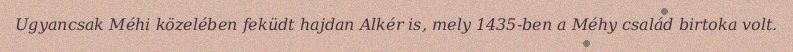
Ugyancsak Méhi közelében feküdt hajdan Alkér is, mely 1435-ben a Méhy család birtoka volt.